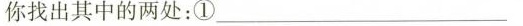
你找出其中的两处：①___；